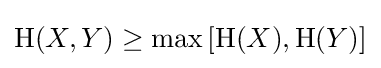
\mathrm {H} (X,Y)\geq \max \left[\mathrm {H} (X),\mathrm {H} (Y)\right]